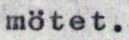
mötet.